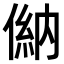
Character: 𠌦